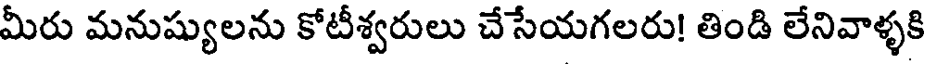
మీరు మనుష్యులను కోటీశ్వరులు చేసేయగలరు! తిండి లేనివాళ్ళకి